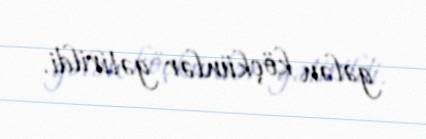
gələn köçkünlər gətirildi.